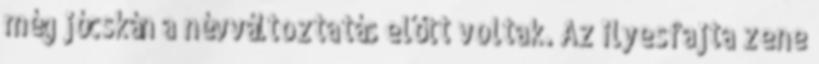
még jócskán a névváltoztatás előtt voltak. Az ilyesfajta zene